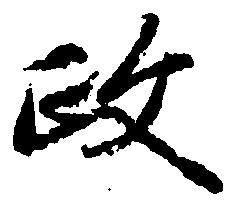
政